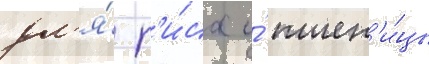
дл'я́ р'и́са и́ пшен'и́цы